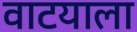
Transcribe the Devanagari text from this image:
वाटयाला